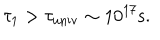
\tau _ { 1 } > \tau _ { \mathrm { u n i v } } \sim 1 0 ^ { 1 7 } \mathrm { s } .